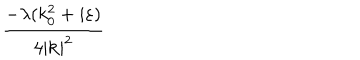
\frac { - \lambda ( k _ { 0 } ^ { 2 } + i \varepsilon ) } { 4 | \mathbf { k } | ^ { 2 } }